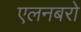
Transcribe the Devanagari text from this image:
एलनबरो